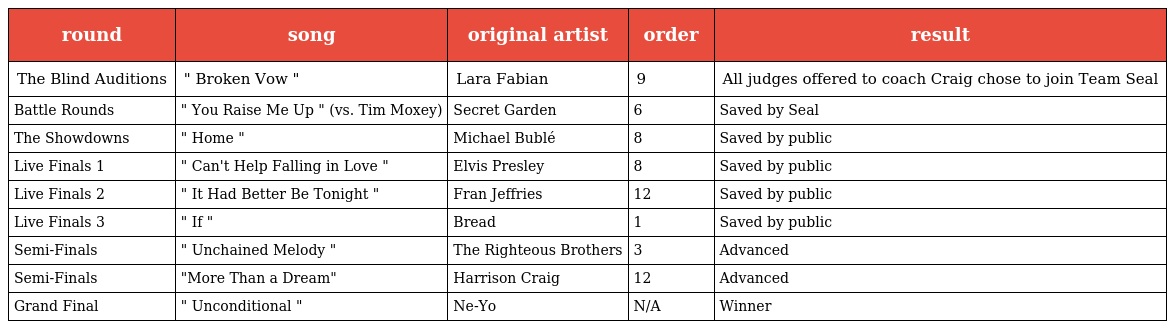
| round | song | original artist | order | result |
 | --- | --- | --- | --- | --- |
 | The Blind Auditions | " Broken Vow " | Lara Fabian | 9 | All judges offered to coach Craig chose to join Team Seal |
 | Battle Rounds | " You Raise Me Up " (vs. Tim Moxey) | Secret Garden | 6 | Saved by Seal |
 | The Showdowns | " Home " | Michael Bublé | 8 | Saved by public |
 | Live Finals 1 | " Can't Help Falling in Love " | Elvis Presley | 8 | Saved by public |
 | Live Finals 2 | " It Had Better Be Tonight " | Fran Jeffries | 12 | Saved by public |
 | Live Finals 3 | " If " | Bread | 1 | Saved by public |
 | Semi-Finals | " Unchained Melody " | The Righteous Brothers | 3 | Advanced |
 | Semi-Finals | "More Than a Dream" | Harrison Craig | 12 | Advanced |
 | Grand Final | " Unconditional " | Ne-Yo | N/A | Winner |